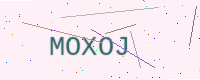
Text: MOXOJ